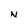
Character: N